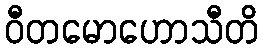
ဝီတမောဟောသီတိ